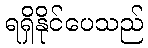
ရရှိနိုင်ပေသည်